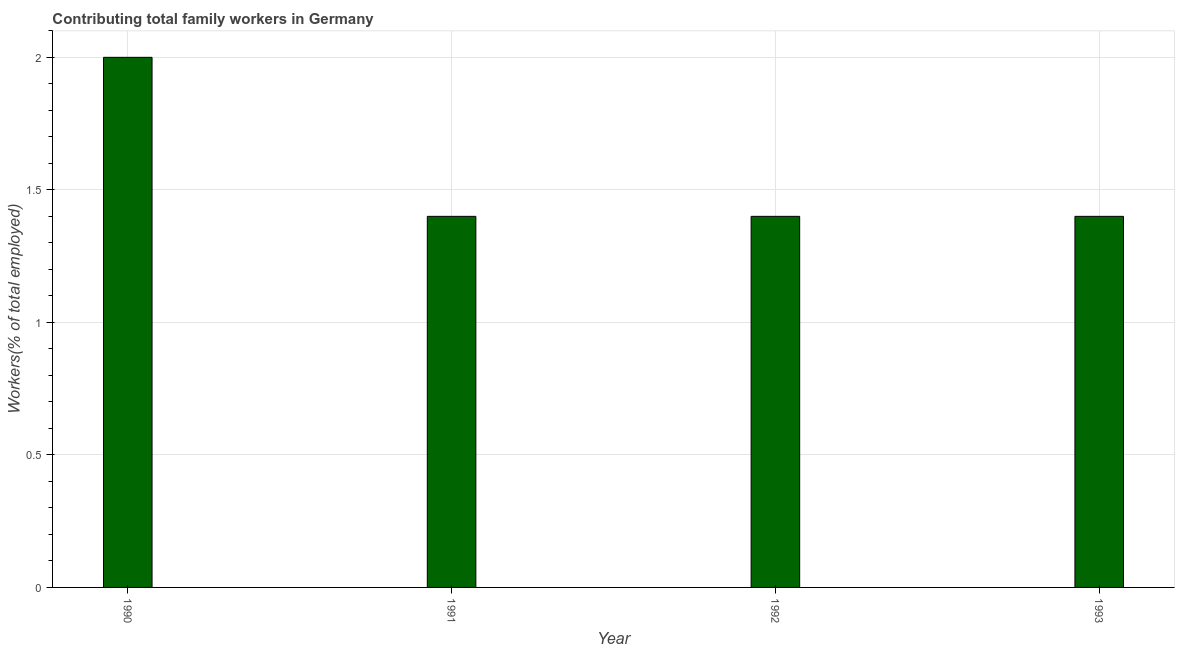
| Year | Contributing family workers |
 | --- | --- |
 | 1990 | 2 |
 | 1991 | 1.4 |
 | 1992 | 1.4 |
 | 1993 | 1.4 |